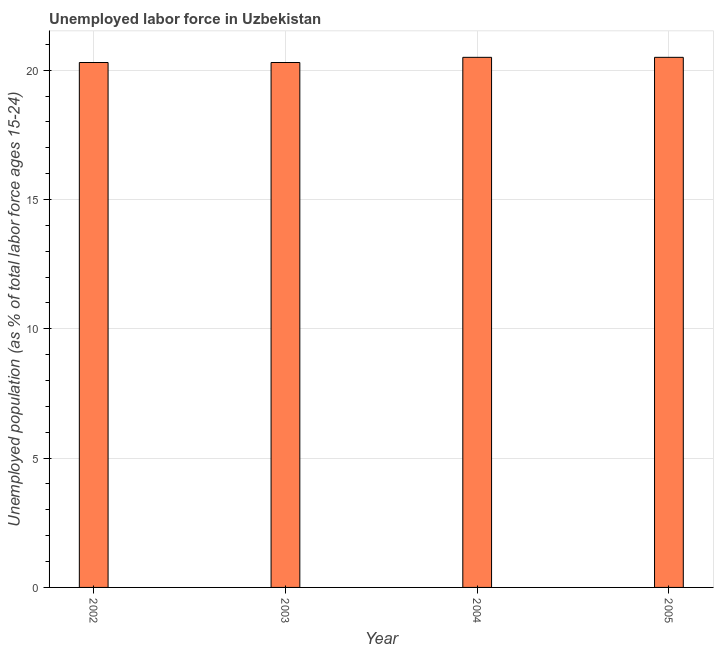
| Year | Unemployment |
 | --- | --- |
 | 2002 | 20.3 |
 | 2003 | 20.3 |
 | 2004 | 20.5 |
 | 2005 | 20.5 |